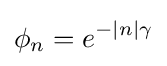
\phi _{n}=e^{-|n|\gamma }